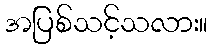
အပြစ်သင့်သလား။